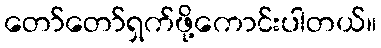
တော်တော်ရှက်ဖို့ကောင်းပါတယ်။